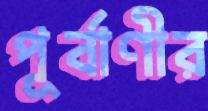
পূর্বাণীর